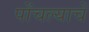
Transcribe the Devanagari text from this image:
पोंचल्याचें